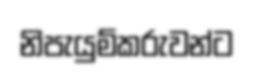
නිපැයුම්කරුවන්ට